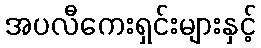
အပလီကေးရှင်းများနှင့်